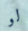
لو